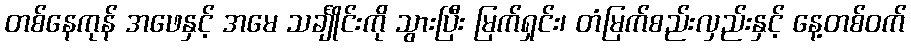
တစ်နေကုန် အဖေနှင့် အမေ သင်္ချိုင်းကို သွားပြီး မြက်ရှင်း၊ တံမြက်စည်းလှည်းနှင့် နေ့တစ်ဝက်